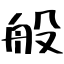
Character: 般